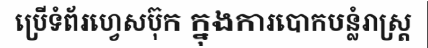
ប្រើទំព័រហ្វេសប៊ុក ក្នុងការបោកបន្លំរាស្ត្រ